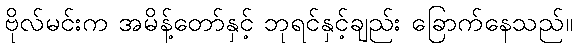
ဗိုလ်မင်းက အမိန့်တော်နှင့် ဘုရင်နှင့်ချည်း ခြောက်နေသည်။